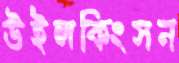
উইলকিংসন